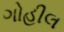
ગોહીલ